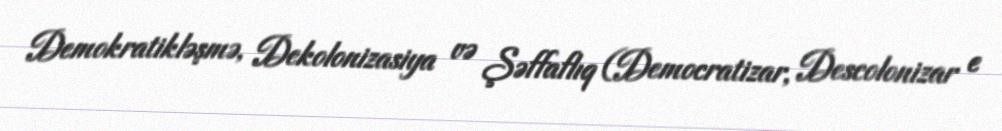
Demokratikləşmə, Dekolonizasiya və Şəffaflıq (Democratizar, Descolonizar e